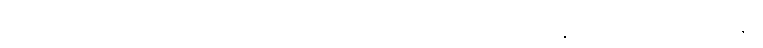
အခြားဈေးများ၊ တက္ကသိုလ်၊ ဆေးကောလိပ်၊ စိုက်ပျိုးရေးကောလိပ်၊ အနုပညာပန်တျာကျောင်းနှင့်